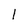
Character: l